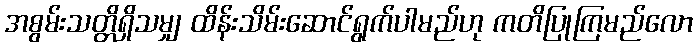
အစွမ်းသတ္တိရှိသမျှ ထိန်းသိမ်းဆောင်ရွက်ပါမည်ဟု ကတိပြုကြမည်လော